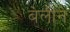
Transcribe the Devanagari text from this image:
बेलीने